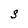
Character: S